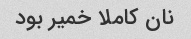
نان کاملا خمیر بود